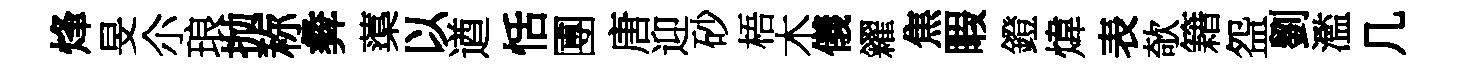
烽旻尒琅抛称彜蕖以遒恬圑唐迎砂梧木儀糴焦睱鐙煒表欹籍盌劉濫几